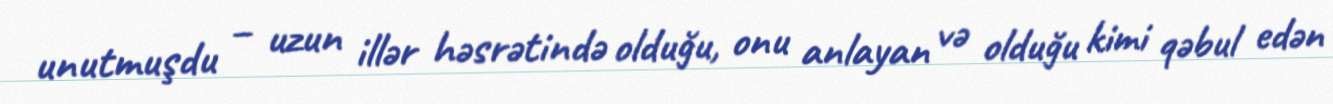
unutmuşdu – uzun illər həsrətində olduğu, onu anlayan və olduğu kimi qəbul edən